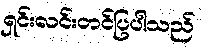
ရှင်းလင်းတင်ပြပါသည်